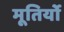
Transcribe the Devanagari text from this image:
मूतिर्यो